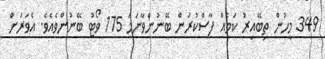
349 މީހުން ތިބޭއިރު ކަމެއް ފާސްކުރަން ބޭނުންވާނަަމަ 175 ވޯޓު ބޭނުންވެއެވެ. އެވަރަށް